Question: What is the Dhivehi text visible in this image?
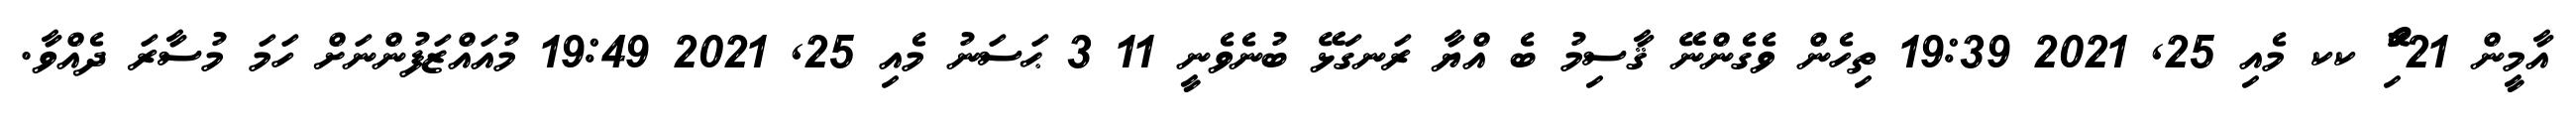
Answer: އާމީން 21 ޯޮޮި ކކ މެއި 25, 2021 19:39 ތިހެން ވެގެންނޭ ޤާސިމު ބެ އްޔާ ރަނގަޅޭ ބުނެވެނީ 11 3 ޙަސަނު މެއި 25, 2021 19:49 މުއައްޒަފުންނަށް ހަމަ މުސާރަ ދެއްވާ.